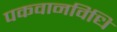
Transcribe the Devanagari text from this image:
पकवानविधि